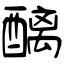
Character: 醨